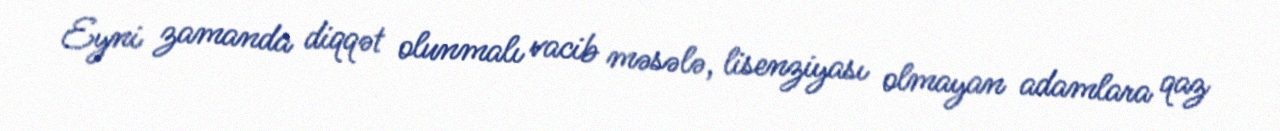
Eyni zamanda diqqət olunmalı vacib məsələ, lisenziyası olmayan adamlara qaz